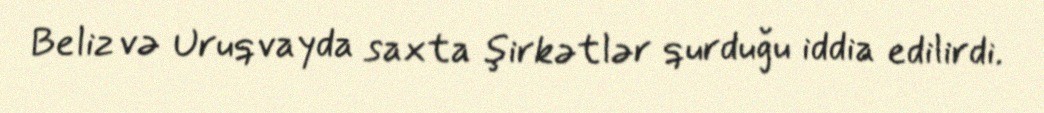
Beliz və Uruqvayda saxta şirkətlər qurduğu iddia edilirdi.